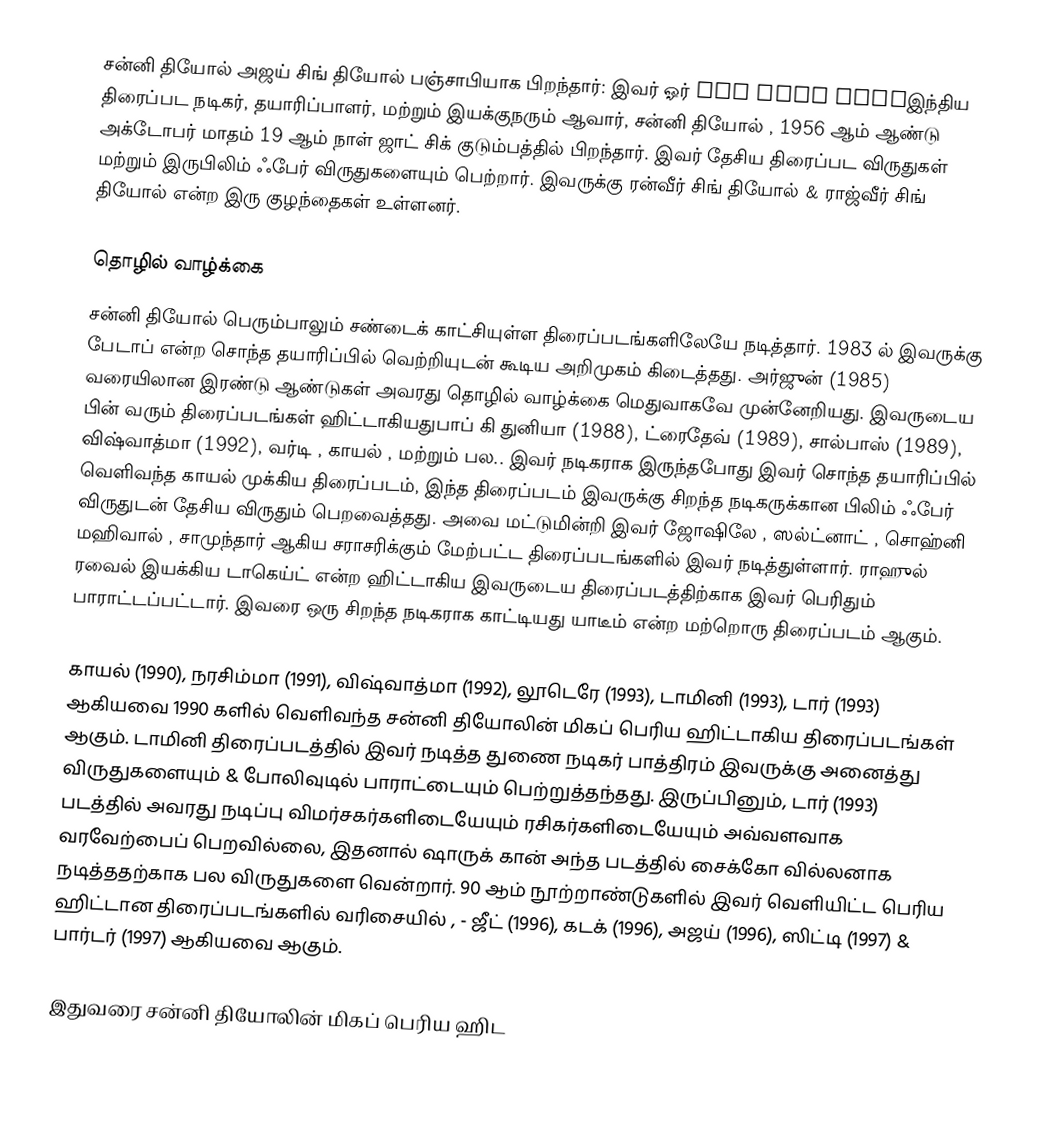
சன்னி தியோல் அஜய் சிங் தியோல் பஞ்சாபியாக பிறந்தார்: இவர் ஓர் ਅਜੈ ਸਿੰਘ ਦਿਓਲஇந்திய திரைப்பட நடிகர், தயாரிப்பாளர், மற்றும் இயக்குநரும் ஆவார், சன்னி தியோல் , 1956 ஆம் ஆண்டு அக்டோபர் மாதம் 19 ஆம் நாள் ஜாட் சிக் குடும்பத்தில் பிறந்தார். இவர் தேசிய திரைப்பட விருதுகள் மற்றும் இருபிலிம் ஃபேர் விருதுகளையும் பெற்றார். இவருக்கு ரன்வீர் சிங் தியோல் & ராஜ்வீர் சிங் தியோல் என்ற இரு குழந்தைகள் உள்ளனர்.

தொழில் வாழ்க்கை
சன்னி தியோல் பெரும்பாலும் சண்டைக் காட்சியுள்ள திரைப்படங்களிலேயே நடித்தார். 1983 ல் இவருக்கு பேடாப் என்ற சொந்த தயாரிப்பில் வெற்றியுடன் கூடிய அறிமுகம் கிடைத்தது. அர்ஜுன் (1985) வரையிலான இரண்டு ஆண்டுகள் அவரது தொழில் வாழ்க்கை மெதுவாகவே முன்னேறியது. இவருடைய பின் வரும் திரைப்படங்கள் ஹிட்டாகியதுபாப் கி துனியா (1988), ட்ரைதேவ் (1989), சால்பாஸ் (1989), விஷ்வாத்மா (1992), வர்டி , காயல் , மற்றும் பல.. இவர் நடிகராக இருந்தபோது இவர் சொந்த தயாரிப்பில் வெளிவந்த காயல் முக்கிய திரைப்படம், இந்த திரைப்படம் இவருக்கு சிறந்த நடிகருக்கான பிலிம் ஃபேர் விருதுடன் தேசிய விருதும் பெறவைத்தது. அவை மட்டுமின்றி இவர் ஜோஷிலே , ஸல்ட்னாட் , சொஹ்னி மஹிவால் , சாமுந்தார் ஆகிய சராசரிக்கும் மேற்பட்ட திரைப்படங்களில் இவர் நடித்துள்ளார். ராஹுல் ரவைல் இயக்கிய டாகெய்ட் என்ற ஹிட்டாகிய இவருடைய திரைப்படத்திற்காக இவர் பெரிதும் பாராட்டப்பட்டார். இவரை ஒரு சிறந்த நடிகராக காட்டியது யாடீம் என்ற மற்றொரு திரைப்படம் ஆகும்.

காயல் (1990), நரசிம்மா (1991), விஷ்வாத்மா (1992), லூடெரே (1993), டாமினி (1993), டார் (1993) ஆகியவை 1990 களில் வெளிவந்த சன்னி தியோலின் மிகப் பெரிய ஹிட்டாகிய திரைப்படங்கள் ஆகும். டாமினி திரைப்படத்தில் இவர் நடித்த துணை நடிகர் பாத்திரம் இவருக்கு அனைத்து விருதுகளையும் & போலிவுடில் பாராட்டையும் பெற்றுத்தந்தது. இருப்பினும், டார் (1993) படத்தில் அவரது நடிப்பு விமர்சகர்களிடையேயும் ரசிகர்களிடையேயும் அவ்வளவாக வரவேற்பைப் பெறவில்லை, இதனால் ஷாருக் கான் அந்த படத்தில் சைக்கோ வில்லனாக நடித்ததற்காக பல விருதுகளை வென்றார். 90 ஆம் நூற்றாண்டுகளில் இவர் வெளியிட்ட பெரிய ஹிட்டான திரைப்படங்களில் வரிசையில் , - ஜீட் (1996), கடக் (1996), அஜய் (1996), ஸிட்டி (1997) & பார்டர் (1997) ஆகியவை ஆகும்.

இதுவரை சன்னி தியோலின் மிகப் பெரிய ஹிட